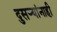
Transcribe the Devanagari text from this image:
दुसर्‍यांनाही